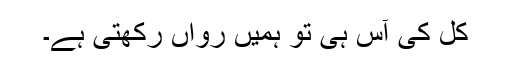
کل کی آس ہی تو ہمیں رواں رکھتی ہے۔